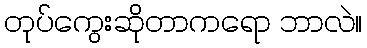
တုပ်ကွေးဆိုတာကရော ဘာလဲ။